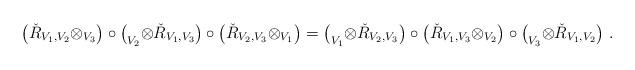
LaTeX: \begin{align*}\bigl(\check R_{V_1,V_2}\otimes _{V_3}\bigr)\circ\bigl(_{V_2}\otimes \check R_{V_1,V_3}\bigr)\circ\bigl(\check R_{V_2,V_3}\otimes _{V_1}\bigr)=\bigl(_{V_1}\otimes \check R_{V_2,V_3}\bigr)\circ\bigl(\check R_{V_1,V_3}\otimes _{V_2}\bigr)\circ\bigl(_{V_3}\otimes \check R_{V_1,V_2}\bigr)\ .\end{align*}